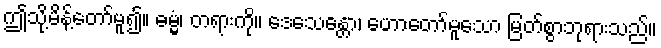
ဤသို့မိန့်တော်မူ၍။ ဓမ္မံ၊ တရားကို။ ဒေသေန္တော၊ ဟောတော်မူသော မြတ်စွာဘုရားသည်။